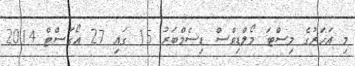
މި އަހަރުގެ މިސްޓަ މޯލްޑިވްސް ޑިސެމްބަރު 15 ގައި 27 އޯގަސްޓް 2014